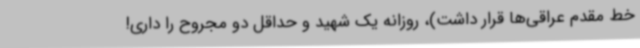
خط مقدم عراقی‌ها قرار داشت)، روزانه یک شهید و حداقل دو مجروح را داری!